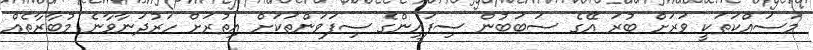
މަސައްކަތަކީ ވަރަށް ބުރަ އޭގެ ސަބަބުން ސިފައިންގެ ސިފަވަންތަކަށް އިތުރަށް ހަރުދަނާވާނެ މުބާރާތެއް